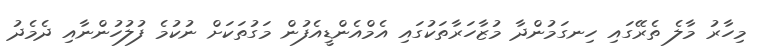
މިހާރު މާލެ ތެރޭގައި ހިނގަމުންދާ މުޒާހަރާތަކުގައި އެމްއެންޑީއެފުން މަގުތަކަށް ނުކުމެ ފުލުހުންނާއި ދެމެދު